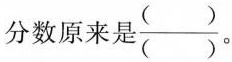
分数原来是\frac{()}{()}。